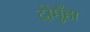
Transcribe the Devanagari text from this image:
दोमुँहा